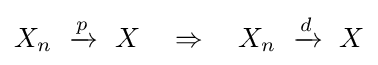
X_{n}\ \xrightarrow {p} \ X\quad \Rightarrow \quad X_{n}\ \xrightarrow {d} \ X